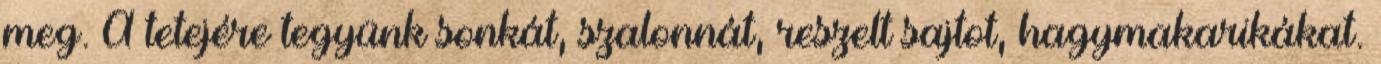
meg. A tetejére tegyünk sonkát, szalonnát, reszelt sajtot, hagymakarikákat.